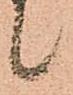
候